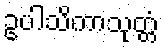
ဥပါသိကာသုတ္တံ